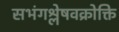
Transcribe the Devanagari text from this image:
सभंगश्लेषवक्रोक्ति